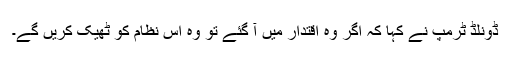
ڈونلڈ ٹرمپ نے کہا کہ اگر وہ اقتدار میں آ گئے تو وہ اس نظام کو ٹھیک کریں گے۔